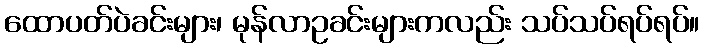
ထောပတ်ပဲခင်းများ၊ မုန်လာဥခင်းများကလည်း သပ်သပ်ရပ်ရပ်။